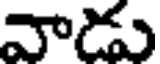
వాడు